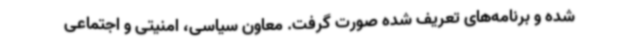
شده و برنامه‌های تعریف شده صورت گرفت. معاون سیاسی، امنیتی و اجتماعی